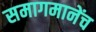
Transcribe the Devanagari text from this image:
समागमानेंच